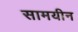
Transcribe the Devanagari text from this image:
सामयीन